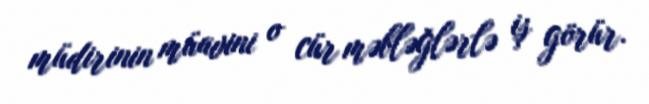
müdirinin müavini o cür məbləğlərlə iş görür.